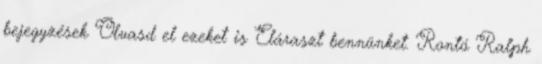
bejegyzések Olvasd el ezeket is Eláraszt bennünket. Rontó Ralph